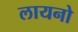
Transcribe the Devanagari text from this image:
लायनो